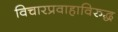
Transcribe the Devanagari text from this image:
विचारप्रवाहाविरुद्ध